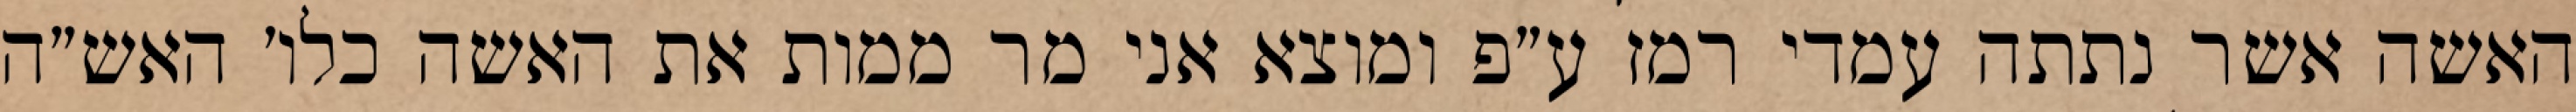
האשה אשר נתתה עמדי רמז ע״פ ומוצא אני מר ממות את האשה כלו׳ האש״ה